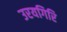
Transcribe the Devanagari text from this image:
उरयगिरि